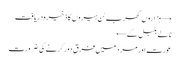
→ ہزاروں کھرب ٹن ہیروں کا ذخیرہ دریافت
نالے بلبل کے ←
عورت اور مرد میں فرق دور کرنے کی ضرورت